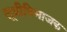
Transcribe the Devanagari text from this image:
सूत्रीविभाजक